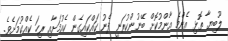
ލޫބިޔާ ތޮޅި އެންމެ އާންމުކޮށް ބޭނުންކުރަނީ ފެނު ކައްކައިގެން ކެއުމަށާއި ރިހަ ކެއްކުމަށެވެ.